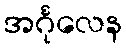
အင်္ဂုလေန